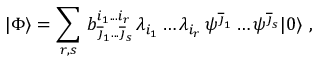
| \Phi \rangle = \sum _ { r , s } \, b _ { \overline { { \jmath } } _ { 1 } . . . \overline { { \jmath } } _ { s } } ^ { i _ { 1 } . . . i _ { r } } \, \lambda _ { i _ { 1 } } \dots \lambda _ { i _ { r } } \, \psi ^ { \overline { { \jmath } } _ { 1 } } \dots \psi ^ { \overline { { \jmath } } _ { s } } | 0 \rangle ~ ,